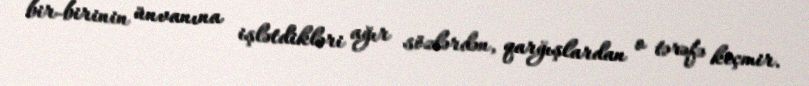
bir-birinin ünvanına işlətdikləri ağır sözlərdən, qarğışlardan o tərəfə keçmir.